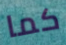
كما